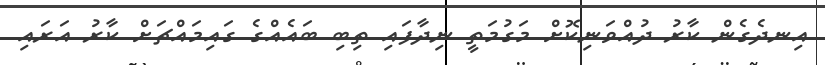
އިނދެގެން ކާރު ދުއްވަނިކޮށް މަގުމަތީ ނިދާފައި ތިބި ބައެއްގެ ގައިމައްޗަށް ކާރު އަރައި